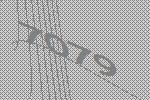
7079